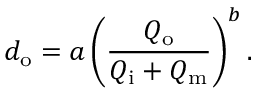
d _ { \mathrm { o } } = a \left( \frac { Q _ { \mathrm { o } } } { Q _ { \mathrm { i } } + Q _ { \mathrm { m } } } \right) ^ { b } .